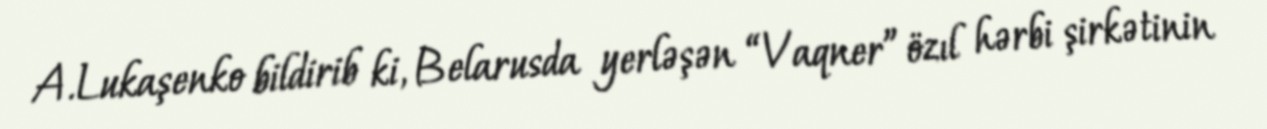
A.Lukaşenko bildirib ki, Belarusda yerləşən “Vaqner” özıl hərbi şirkətinin